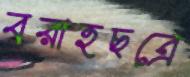
বরাহছত্রে